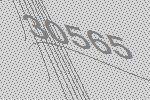
30565